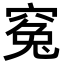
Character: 𥦱